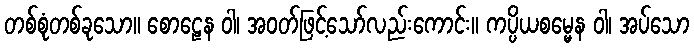
တစ်စုံတစ်ခုသော။ စောဠေန ဝါ၊ အဝတ်ဖြင့်သော်လည်းကောင်း။ ကပ္ပိယစမ္မေန ဝါ၊ အပ်သော